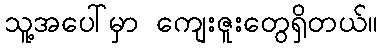
သူ့အပေါ်မှာ ကျေးဇူးတွေရှိတယ်။